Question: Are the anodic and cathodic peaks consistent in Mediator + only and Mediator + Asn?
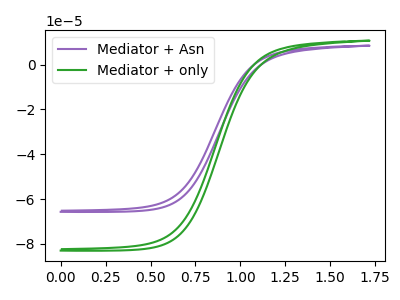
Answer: <think>The purple curve "Mediator + Asn" has no peaks. The green curve "Mediator + only" has no peaks.</think>
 <answer>Niether CV has any peaks.</answer>
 <eval>blanks</eval>